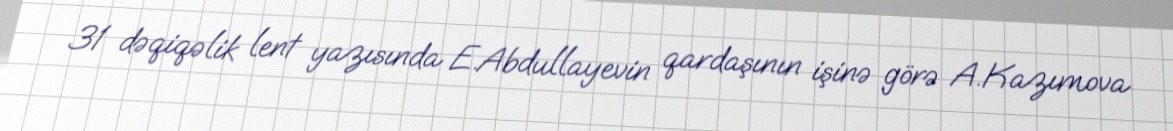
31 dəqiqəlik lent yazısında E.Abdullayevin qardaşının işinə görə A.Kazımova